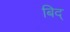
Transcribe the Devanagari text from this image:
बिद्